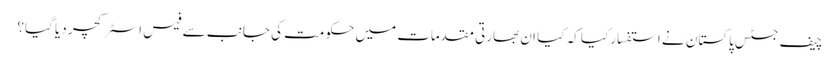
چیف جسٹس پاکستان نے استفسار کیا کہ کیا ان بھارتی مقدمات میں حکومت کی جانب سے فیس اسٹرکچر دیا گیا؟